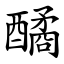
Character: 䤎